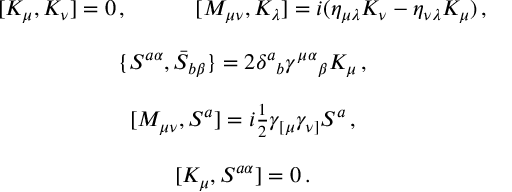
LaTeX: \begin{array} { c } { { [ K _ { \mu } , K _ { \nu } ] = 0 \, , ~ ~ ~ ~ ~ ~ ~ ~ ~ [ M _ { \mu \nu } , K _ { \lambda } ] = i ( \eta _ { \mu \lambda } K _ { \nu } - \eta _ { \nu \lambda } K _ { \mu } ) \, , } } \\ { { { } } } \\ { { \{ S ^ { a \alpha } , \bar { S } _ { b \beta } \} = 2 \delta ^ { a } { } _ { b } \gamma ^ { \mu } { } ^ { \alpha } { } _ { \beta } K _ { \mu } \, , } } \\ { { { } } } \\ { { { } [ M _ { \mu \nu } , S ^ { a } ] = i \textstyle { \frac { 1 } { 2 } } \gamma _ { [ \mu } \gamma _ { \nu ] } S ^ { a } \, , } } \\ { { { } } } \\ { { { } [ { K } _ { \mu } , S ^ { a \alpha } ] = 0 \, . } } \end{array}